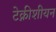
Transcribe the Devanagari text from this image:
टेक्नीशीयन